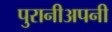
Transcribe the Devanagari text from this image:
पुरानीअपनी